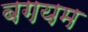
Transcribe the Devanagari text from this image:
बगयम